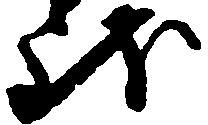
致